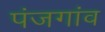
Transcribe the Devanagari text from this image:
पंजगांव